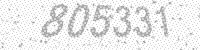
Solution: 805331